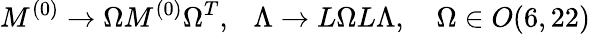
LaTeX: M^{(0)}\to\Omega M^{(0)}\Omega^{T},\ \ \ \Lambda\to L\Omega L\Lambda,\ \ \ \ \Omega\in O(6,22)